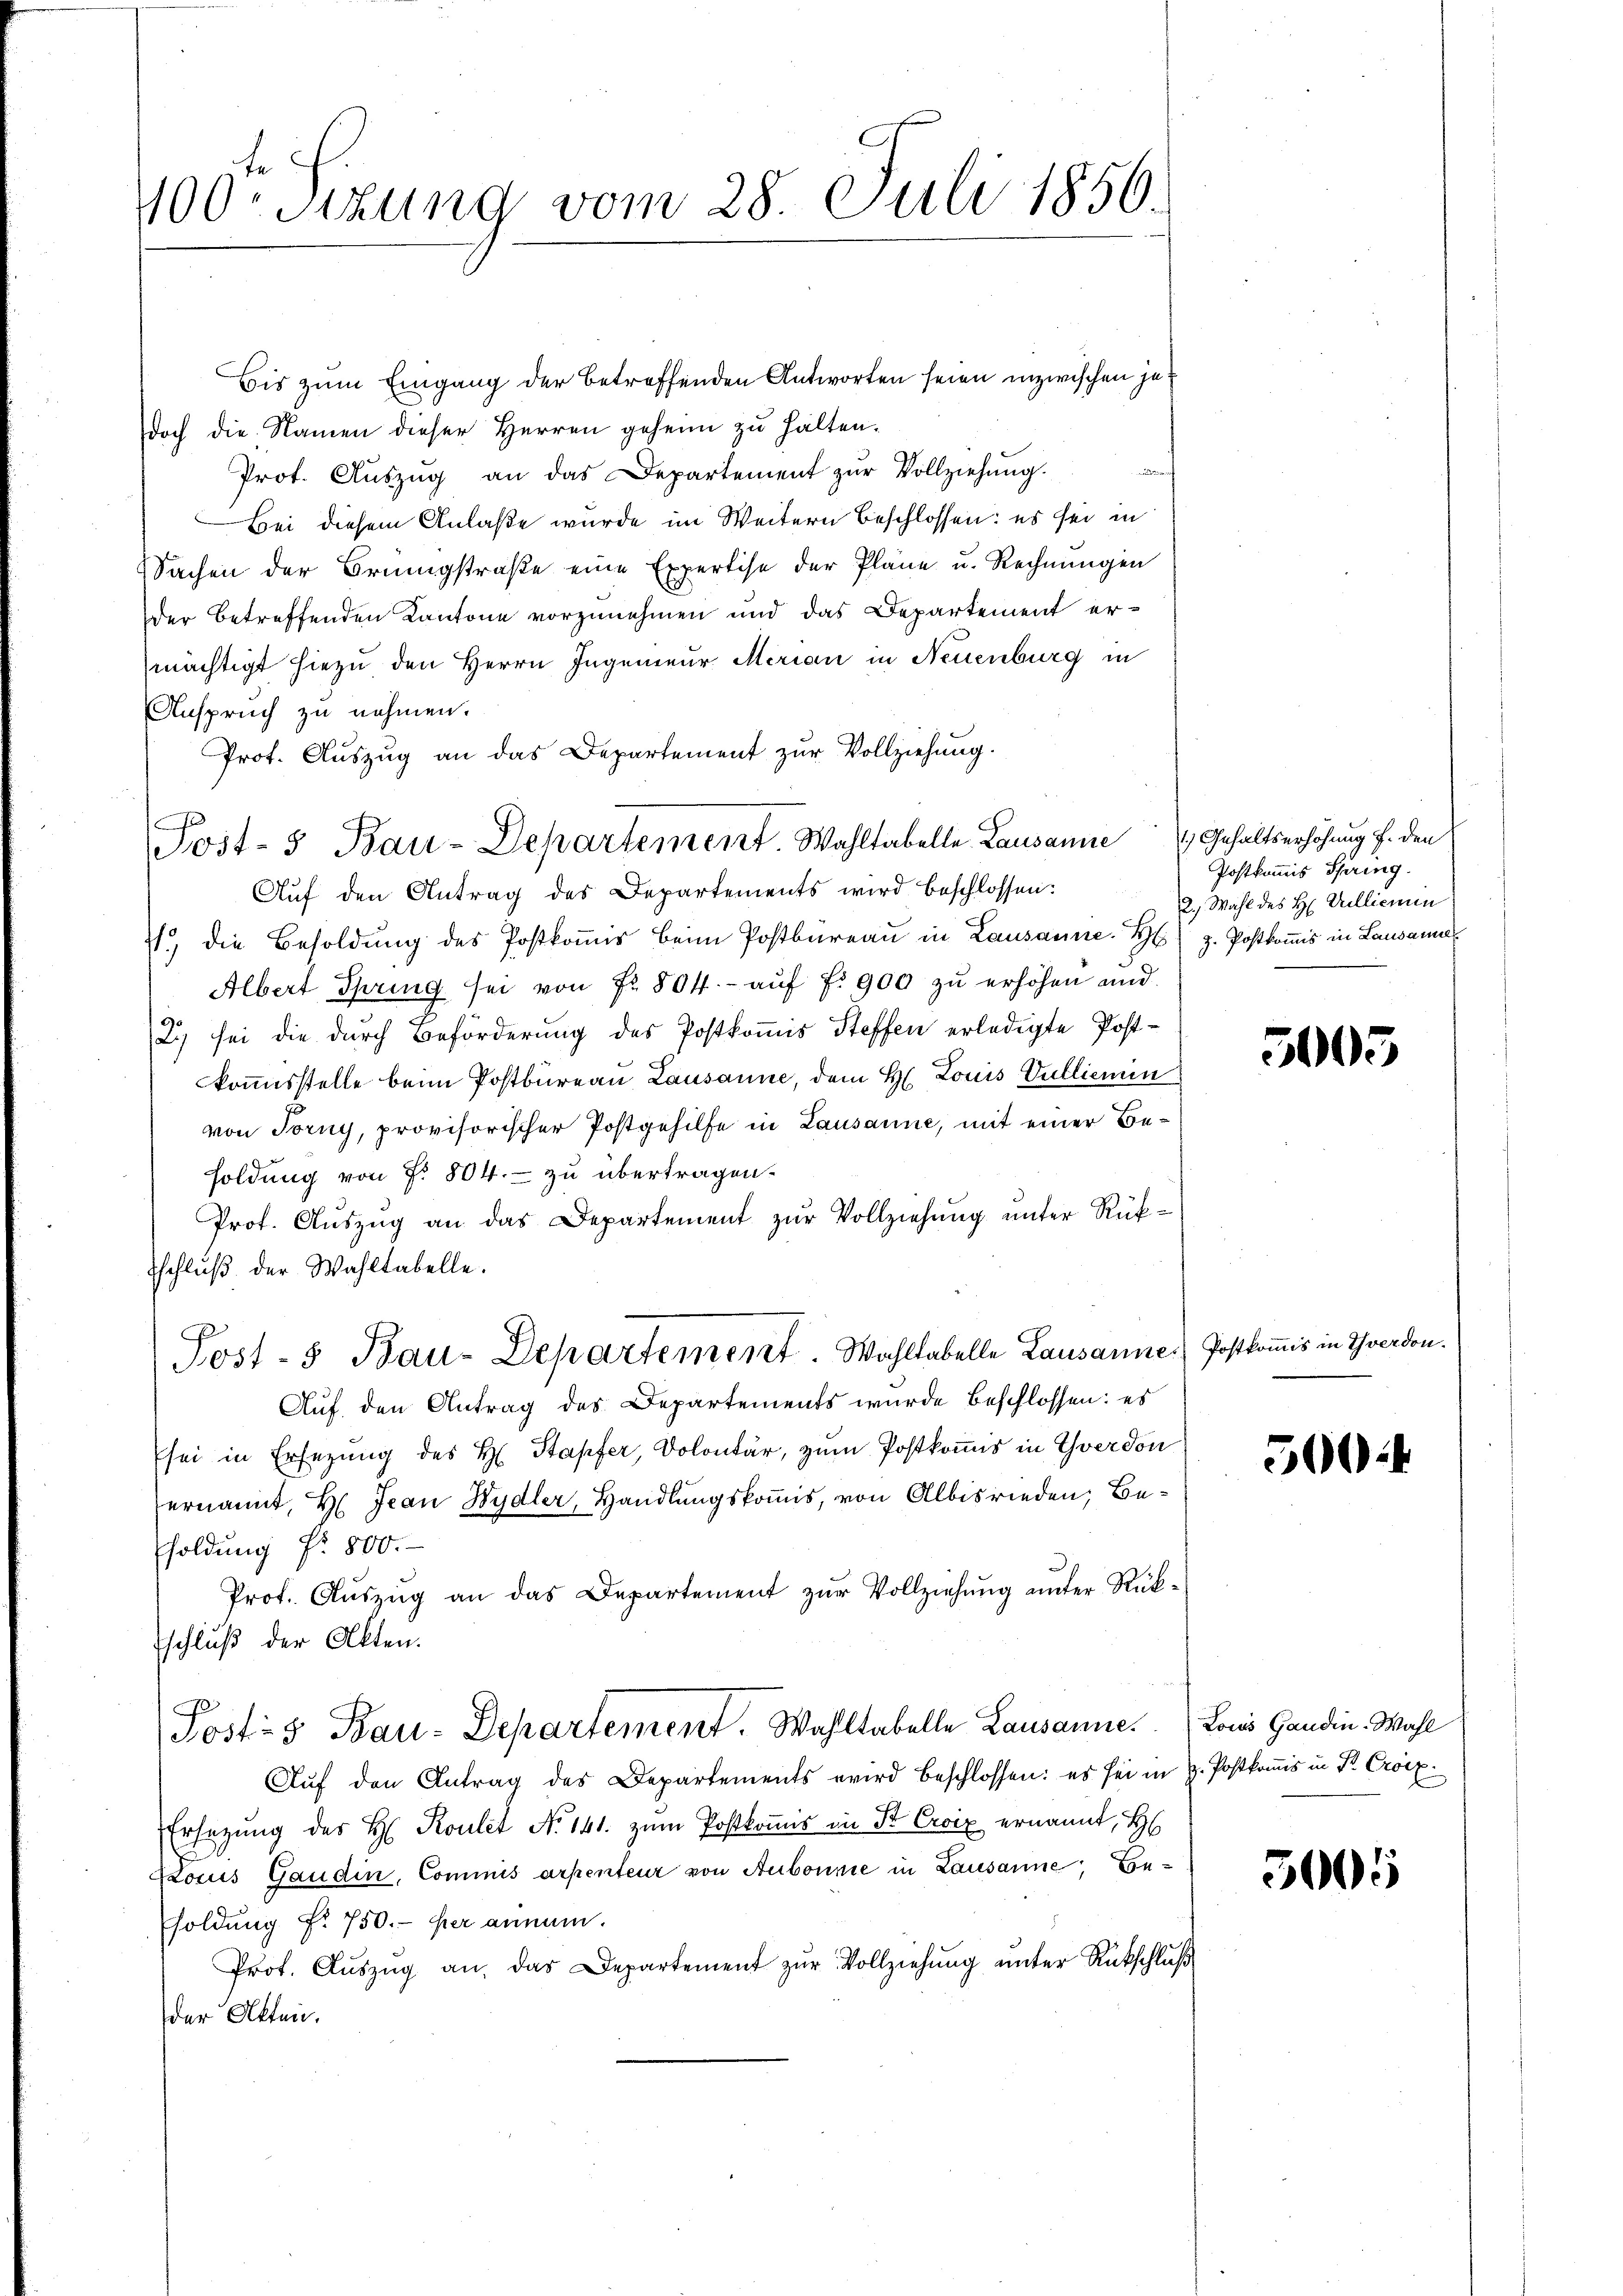
100. Sitzung vom 28. Juli 1856.

Bis zum Eingang der betreffenden Antworten seien inzwischen jet
doch die Namen dieser Herren geheim zu halten.
Prot. Aŭszŭg an das Departement zŭr Vollziehŭng.
Bei diesem Anlaße wurde im Weitern beschlossen: es sei in
Sachen der Brüngstraβe eine Expertise der Pläne u. Rechnŭngen
der betreffenden Kantone vorzunehmen und das Departement ermächtigt hiezu den Herrn Ingenieur Merian in Neuenburg in
Anspruch zu nehmen.
Prof. Auszug an das Departement zur Vollziehung.
s
Auf den Antrag des Departements wird beschlossen:
1., die Besoldung des Postkoṁis beim Postbüreau in Lausanne. H. z. Postkomis in Lausanne
Albert Spring sei von Fr. 504.- aŭf f. 900 zŭ erhöhen und
2) sei die durch Beförderung des Postkomis Steffen erledigte Postkommisstelle beim Postbureau Lausanne, dem H. Louis Vulliemin
von Torny, provisorischer Postgehilfe in Lausanne, mit einer Besoldung von §. 804. zu übertragen.
Prof. Aŭszŭg an das Departement zŭr Vollziehŭng ŭnter Rük-
Tschlŭβ der Wahltabelle.
Post- & Bau-Departement Wahltabelle Lausanne. Postkommis in Yverdon.
Auf den Antrag des Departements wurde beschlossen: es
sei in Ersezung des H. Stapfer, Dolontär, zum Postkomis in Yverdon
ernannt, Hr. Jean Hydler, Handlungskommis, von Albisrieden, Beholdung Nr. 800.
Prof. Auszug an das Departement zur Vollziehung unter Rükschluß der Akten.
Posts Bau-Departement. Wahltabelle Lausannes
Aŭf den Antrag des Departements wird beschlossen: es sei in H. Postkomis in P. Croix
Ersetzŭng des H. Roulet No 141. zŭm Postkoṁis in St. Croix ernannt, H
HLouis Gaudin, Commis arpenteur von Aubonnie in Lausanne, Besoldung f. 750.- er annum.
Prot. Aŭszŭg an, das Departement zŭr Vollziehŭng ŭnter Rückschlŭβ
der Akten.

Post- 5 Bau-Departement Wahltabelle Lausanne Gehaltserhöhung f. den

Postkommis Spring
2.) Wahl des H. Vullienun

5005

500

Louis Gandin-Wahl

300